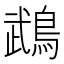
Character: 鵡